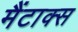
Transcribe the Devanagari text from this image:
मैंटाक्स